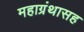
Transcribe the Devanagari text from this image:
महाग्रंथासह